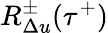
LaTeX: R_{\Delta u}^{\pm}(\tau^{+})